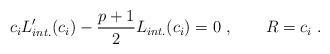
LaTeX: \begin{align*}c_i L_{int.}^\prime (c_i)-{p+1\over 2}L_{int.}(c_i)=0\ ,\qquad R=c_i\ .\end{align*}